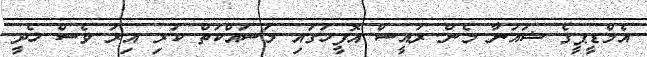
އެމްޑީޕީގެ ޝައުނާ މެން ރައީސް އޮފީހުގައި މަސައްކަތް ކުރި އިރު ވެސް ހެދީ